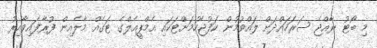
މި ބޯޓު ރާއްޖެ ސަރަހައްދަށް ލައްވުމުން ކަފުޖެހުމަށްޓަކައި އެމްޕީއެލްގެ ޓަގެއް މާލެއިން ފުރާފައިވާއިރު